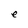
Character: e